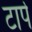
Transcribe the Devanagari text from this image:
टार्प